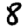
Digit: 8